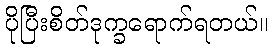
ပိုပြီးစိတ်ဒုက္ခရောက်ရတယ်။